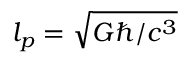
l _ { p } = \sqrt { G \hbar / c ^ { 3 } }